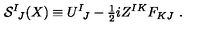
{ \cal S } ^ { I } { } _ { \! J } ( X ) \equiv U ^ { I } { } _ { \! J } - { \textstyle { \frac { 1 } { 2 } } } i Z ^ { I K } F _ { K J } \ .